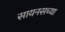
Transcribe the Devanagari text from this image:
सायनसच्या